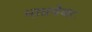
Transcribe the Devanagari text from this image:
भावयेथाः